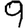
Digit: 9